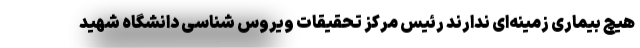
هیچ بیماری زمینه‌ای ندارند رئیس مرکز تحقیقات ویروس شناسی دانشگاه شهید